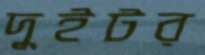
দুইটর